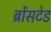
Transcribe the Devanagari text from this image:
ब्रोंसटेड